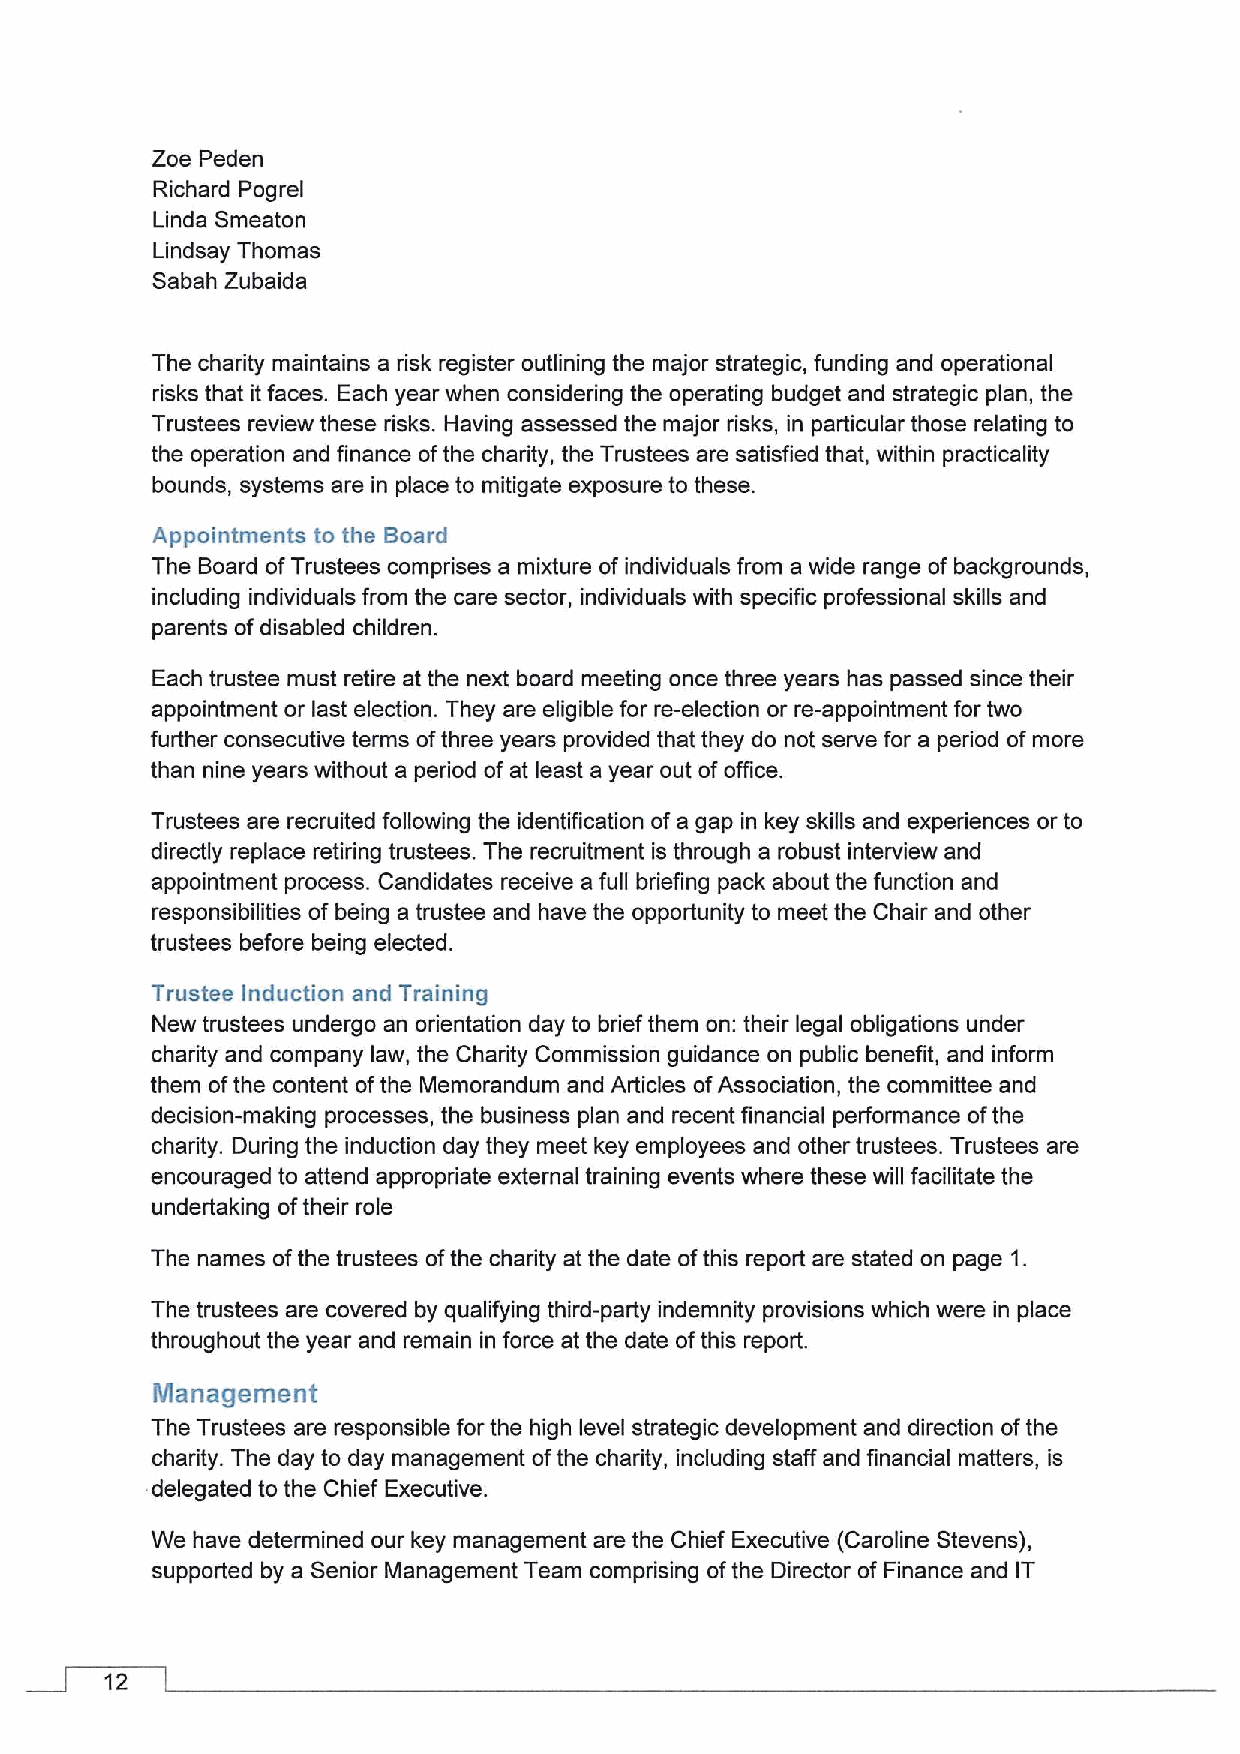
Zoe Peden
 Richard Pogrel
 Linda Smeaton
 Lindsay Thomas
 Sabah Zubaida
 The charity maintains a risk register outlining the major strategic, funding and operational
 risks that it faces. Each year when considering the operating budget and strategic plan, the
 Trustees review these risks. Having assessed the major risks, in particular those relating to
 the operation and finance ofthe charity, the Trustees are satisfied that, within practicality
 bounds, systems are in place to mitigate exposure to these.
 Appointments to the Board
 The Board ofTrustees comprises a mixture of individuals from a wide range of backgrounds,
 including individuals from the care sector, individuals with specific professional skills and
 parents ofdisabled children.
 Each trustee must retire at the next board meeting once three years has passed since their
 appointment or last election. They are eligible for re-election or re-appointment for two
 further consecutive terms ofthree years provided that they do not serve for a period ofmore
 than nine years without a period of at least a year out ofoffice.
 Trustees are recruited following the identification ofa gap in key skills and experiences or to
 directly replace retiring trustees. The recruitment is through a robust interview and
 appointment process. Candidates receive a full briefing pack about the function and
 responsibilities of being a trustee and have the opportunity to meet the Chair and other
 trustees before being elected.
 Trustee Induction and Training
 New trustees undergo an orientation day to bdief them on: their legal obligations under
 charity and company law, the Charity Commission guidance on public benefit, and inform
 them ofthe content ofthe Memorandum and Articles ofAssociation, the committee and
 decision-making processes, the business plan and recent financial performance ofthe
 chadity. During the induction day they meet key employees and other trustees. Trustees are
 encouraged to attend appropriate external training events where these will facilitate the
 undertaking oftheir role
 The names ofthe trustees ofthe charity at the date ofthis report are stated on page 1.
 The trustees are covered by qualifying third-party indemnity provisions which were in place
 throughout the year and remain in force at the date ofthis report.
 Management
 The Trustees are responsible for the high level strategic development and direction ofthe
 charity. The day to day management ofthe charity, including staff and financial matters, is
 delegated to the Chief Executive.
 We have determined our key management are the Chief Executive (Caroline Stevens),
 supported by a Senior Management Team comprising ofthe Director of Finance and IT
 12